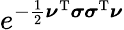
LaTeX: e^{-{\frac{1}{2}}{\boldsymbol{\nu}}^{\mathrm{T}}{\boldsymbol{\sigma}}{\boldsymbol{\sigma}}^{\mathrm{T}}{\boldsymbol{\nu}}}